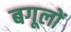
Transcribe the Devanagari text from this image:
बगूलों